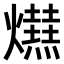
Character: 𤒋